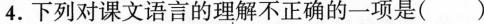
4.下列对课文语言的理解不正确的一项是()